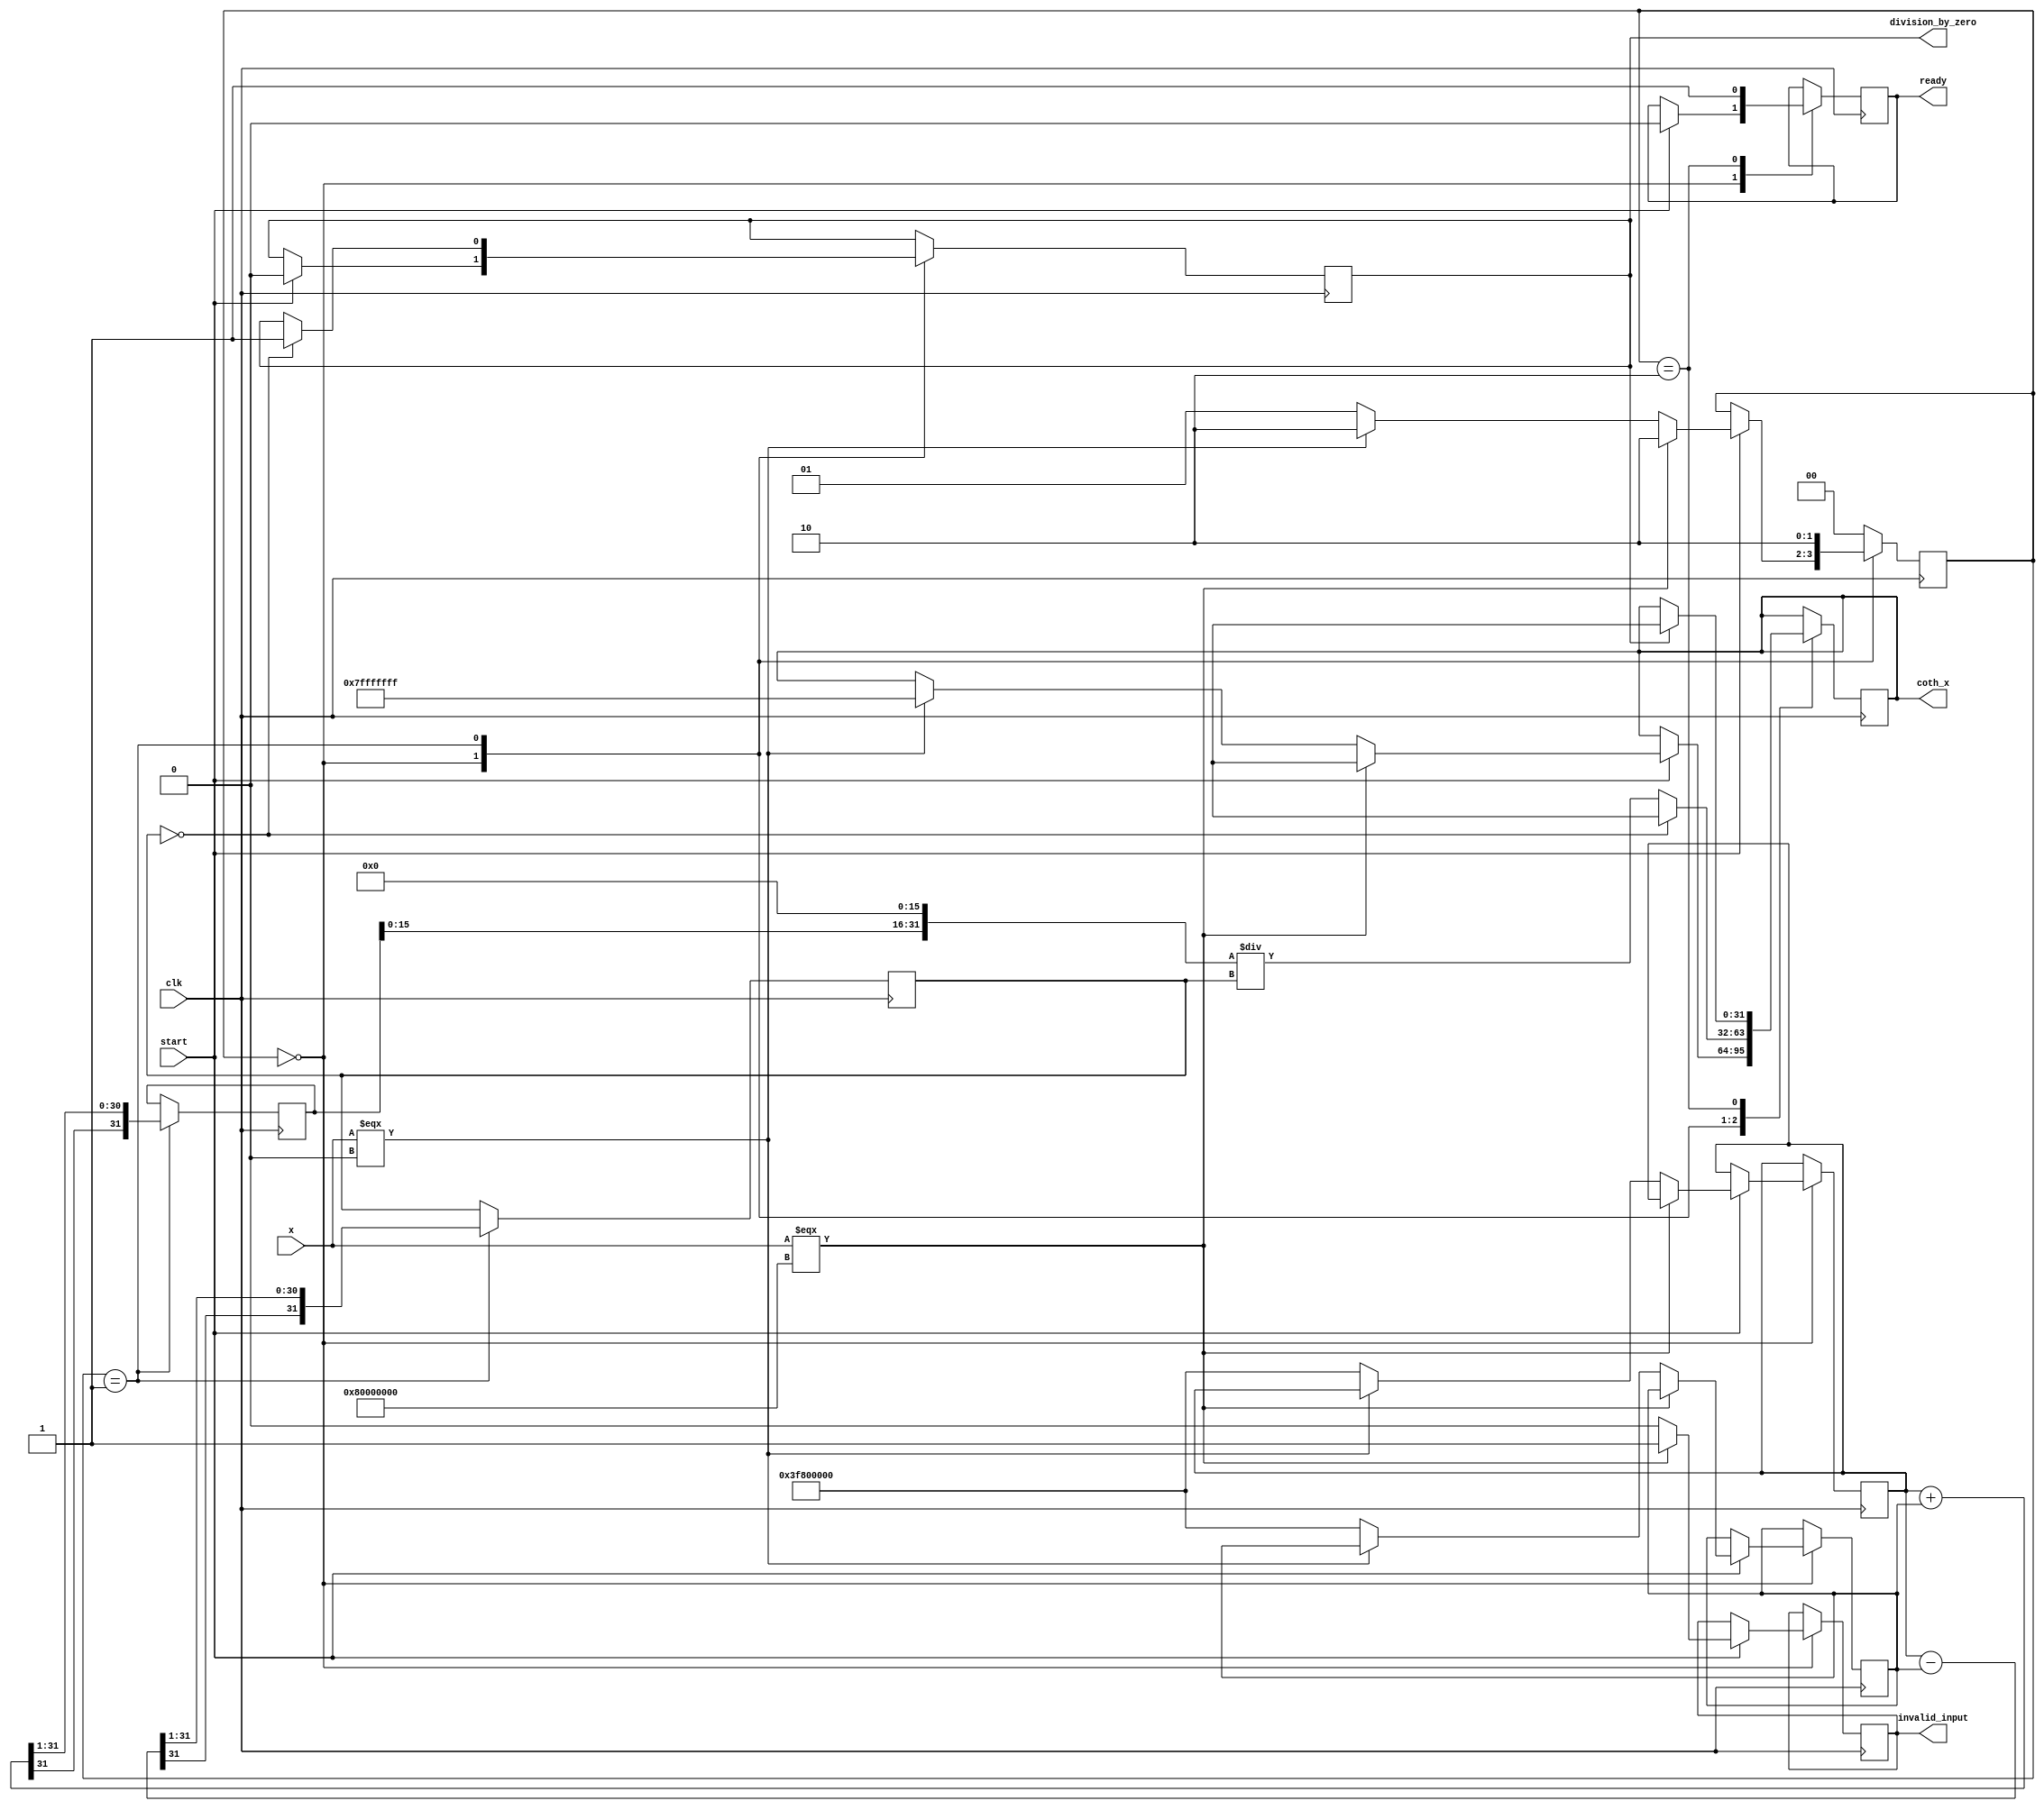
module HyperbolicCotangent (
    input wire signed [31:0] x,         // Input signal (32-bit fixed-point representation)
    output reg signed [31:0] coth_x,    // Output signal (coth(x))
    input wire clk,
    input wire start,
    output reg ready,
    output reg division_by_zero,
    output reg invalid_input
);

    reg signed [31:0] exp_x;
    reg signed [31:0] exp_neg_x;
    reg signed [31:0] cosh_x;
    reg signed [31:0] sinh_x;
    reg [1:0] state;

    parameter IDLE = 2'b00, COMPUTE = 2'b01, DONE = 2'b10;

    // Simple exponential approximation (for demonstration)
    function signed [31:0] exponential(input signed [31:0] value);
        // Simple approximation: e^x ~ (1 + x + x^2/2 + x^3/6 + ...)
        begin
            exponential = 32'h3F800000; // Start with 1.0 (0x3F800000 in IEEE 754)
            // Add terms based on the value, add more terms for better precision
            // This is a stub, replace with real exponential implementation
        end
    endfunction

    always @(posedge clk) begin
        case(state)
            IDLE: begin
                if (start) begin
                    ready <= 0;
                    division_by_zero <= 0;
                    invalid_input <= 0;

                    if (x === 32'h80000000) begin // Handle -0
                        coth_x <= 32'bx; // Invalid (undefined)
                        invalid_input <= 1;
                        state <= DONE;
                    end else if (x === 32'b0) begin // Handle 0
                        coth_x <= 32'h7FFFFFFF; // Represents infinity
                        state <= DONE;
                    end else begin
                        exp_x <= exponential(x);
                        exp_neg_x <= exponential(-x);
                        state <= COMPUTE;
                    end
                end
            end

            COMPUTE: begin
                cosh_x <= (exp_x + exp_neg_x) >>> 1; // cosh(x) = (e^x + e^(-x)) / 2
                sinh_x <= (exp_x - exp_neg_x) >>> 1; // sinh(x) = (e^x - e^(-x)) / 2

                if (sinh_x == 32'b0) begin
                    division_by_zero <= 1;
                    coth_x <= 32'bx; // Undefined
                end else begin
                    coth_x <= (cosh_x << 16) / sinh_x; // coth(x) = cosh(x) / sinh(x) (scaled)
                end
                state <= DONE;
            end

            DONE: begin
                ready <= 1;
                if (division_by_zero) begin
                    coth_x <= 32'bx; // undefined output
                end
                state <= IDLE;
            end

            default: state <= IDLE;
        endcase
    end
endmodule